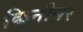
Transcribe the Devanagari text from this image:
किनीयर